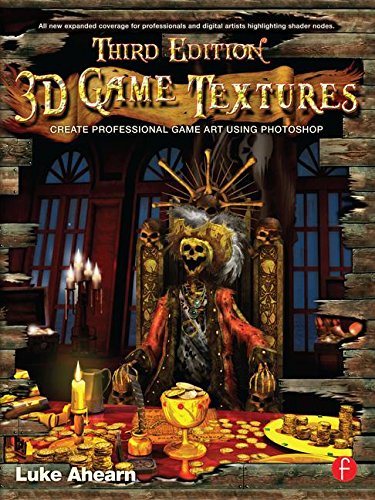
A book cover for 3D Game Textures: Create Professional Game Art Using Photoshop; Luke Ahearn; Arts & Photography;